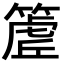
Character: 𮅽